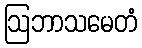
ဩဘာသမေတံ